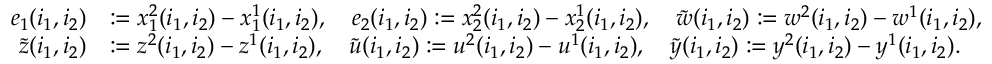
\begin{array} { r l } { e _ { 1 } ( i _ { 1 } , i _ { 2 } ) } & { : = x _ { 1 } ^ { 2 } ( i _ { 1 } , i _ { 2 } ) - x _ { 1 } ^ { 1 } ( i _ { 1 } , i _ { 2 } ) , \quad e _ { 2 } ( i _ { 1 } , i _ { 2 } ) : = x _ { 2 } ^ { 2 } ( i _ { 1 } , i _ { 2 } ) - x _ { 2 } ^ { 1 } ( i _ { 1 } , i _ { 2 } ) , \quad \tilde { w } ( i _ { 1 } , i _ { 2 } ) : = w ^ { 2 } ( i _ { 1 } , i _ { 2 } ) - w ^ { 1 } ( i _ { 1 } , i _ { 2 } ) , } \\ { \tilde { z } ( i _ { 1 } , i _ { 2 } ) } & { : = z ^ { 2 } ( i _ { 1 } , i _ { 2 } ) - z ^ { 1 } ( i _ { 1 } , i _ { 2 } ) , \quad \tilde { u } ( i _ { 1 } , i _ { 2 } ) : = u ^ { 2 } ( i _ { 1 } , i _ { 2 } ) - u ^ { 1 } ( i _ { 1 } , i _ { 2 } ) , \quad \tilde { y } ( i _ { 1 } , i _ { 2 } ) : = y ^ { 2 } ( i _ { 1 } , i _ { 2 } ) - y ^ { 1 } ( i _ { 1 } , i _ { 2 } ) . } \end{array}